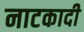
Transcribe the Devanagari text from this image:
नाटकादी